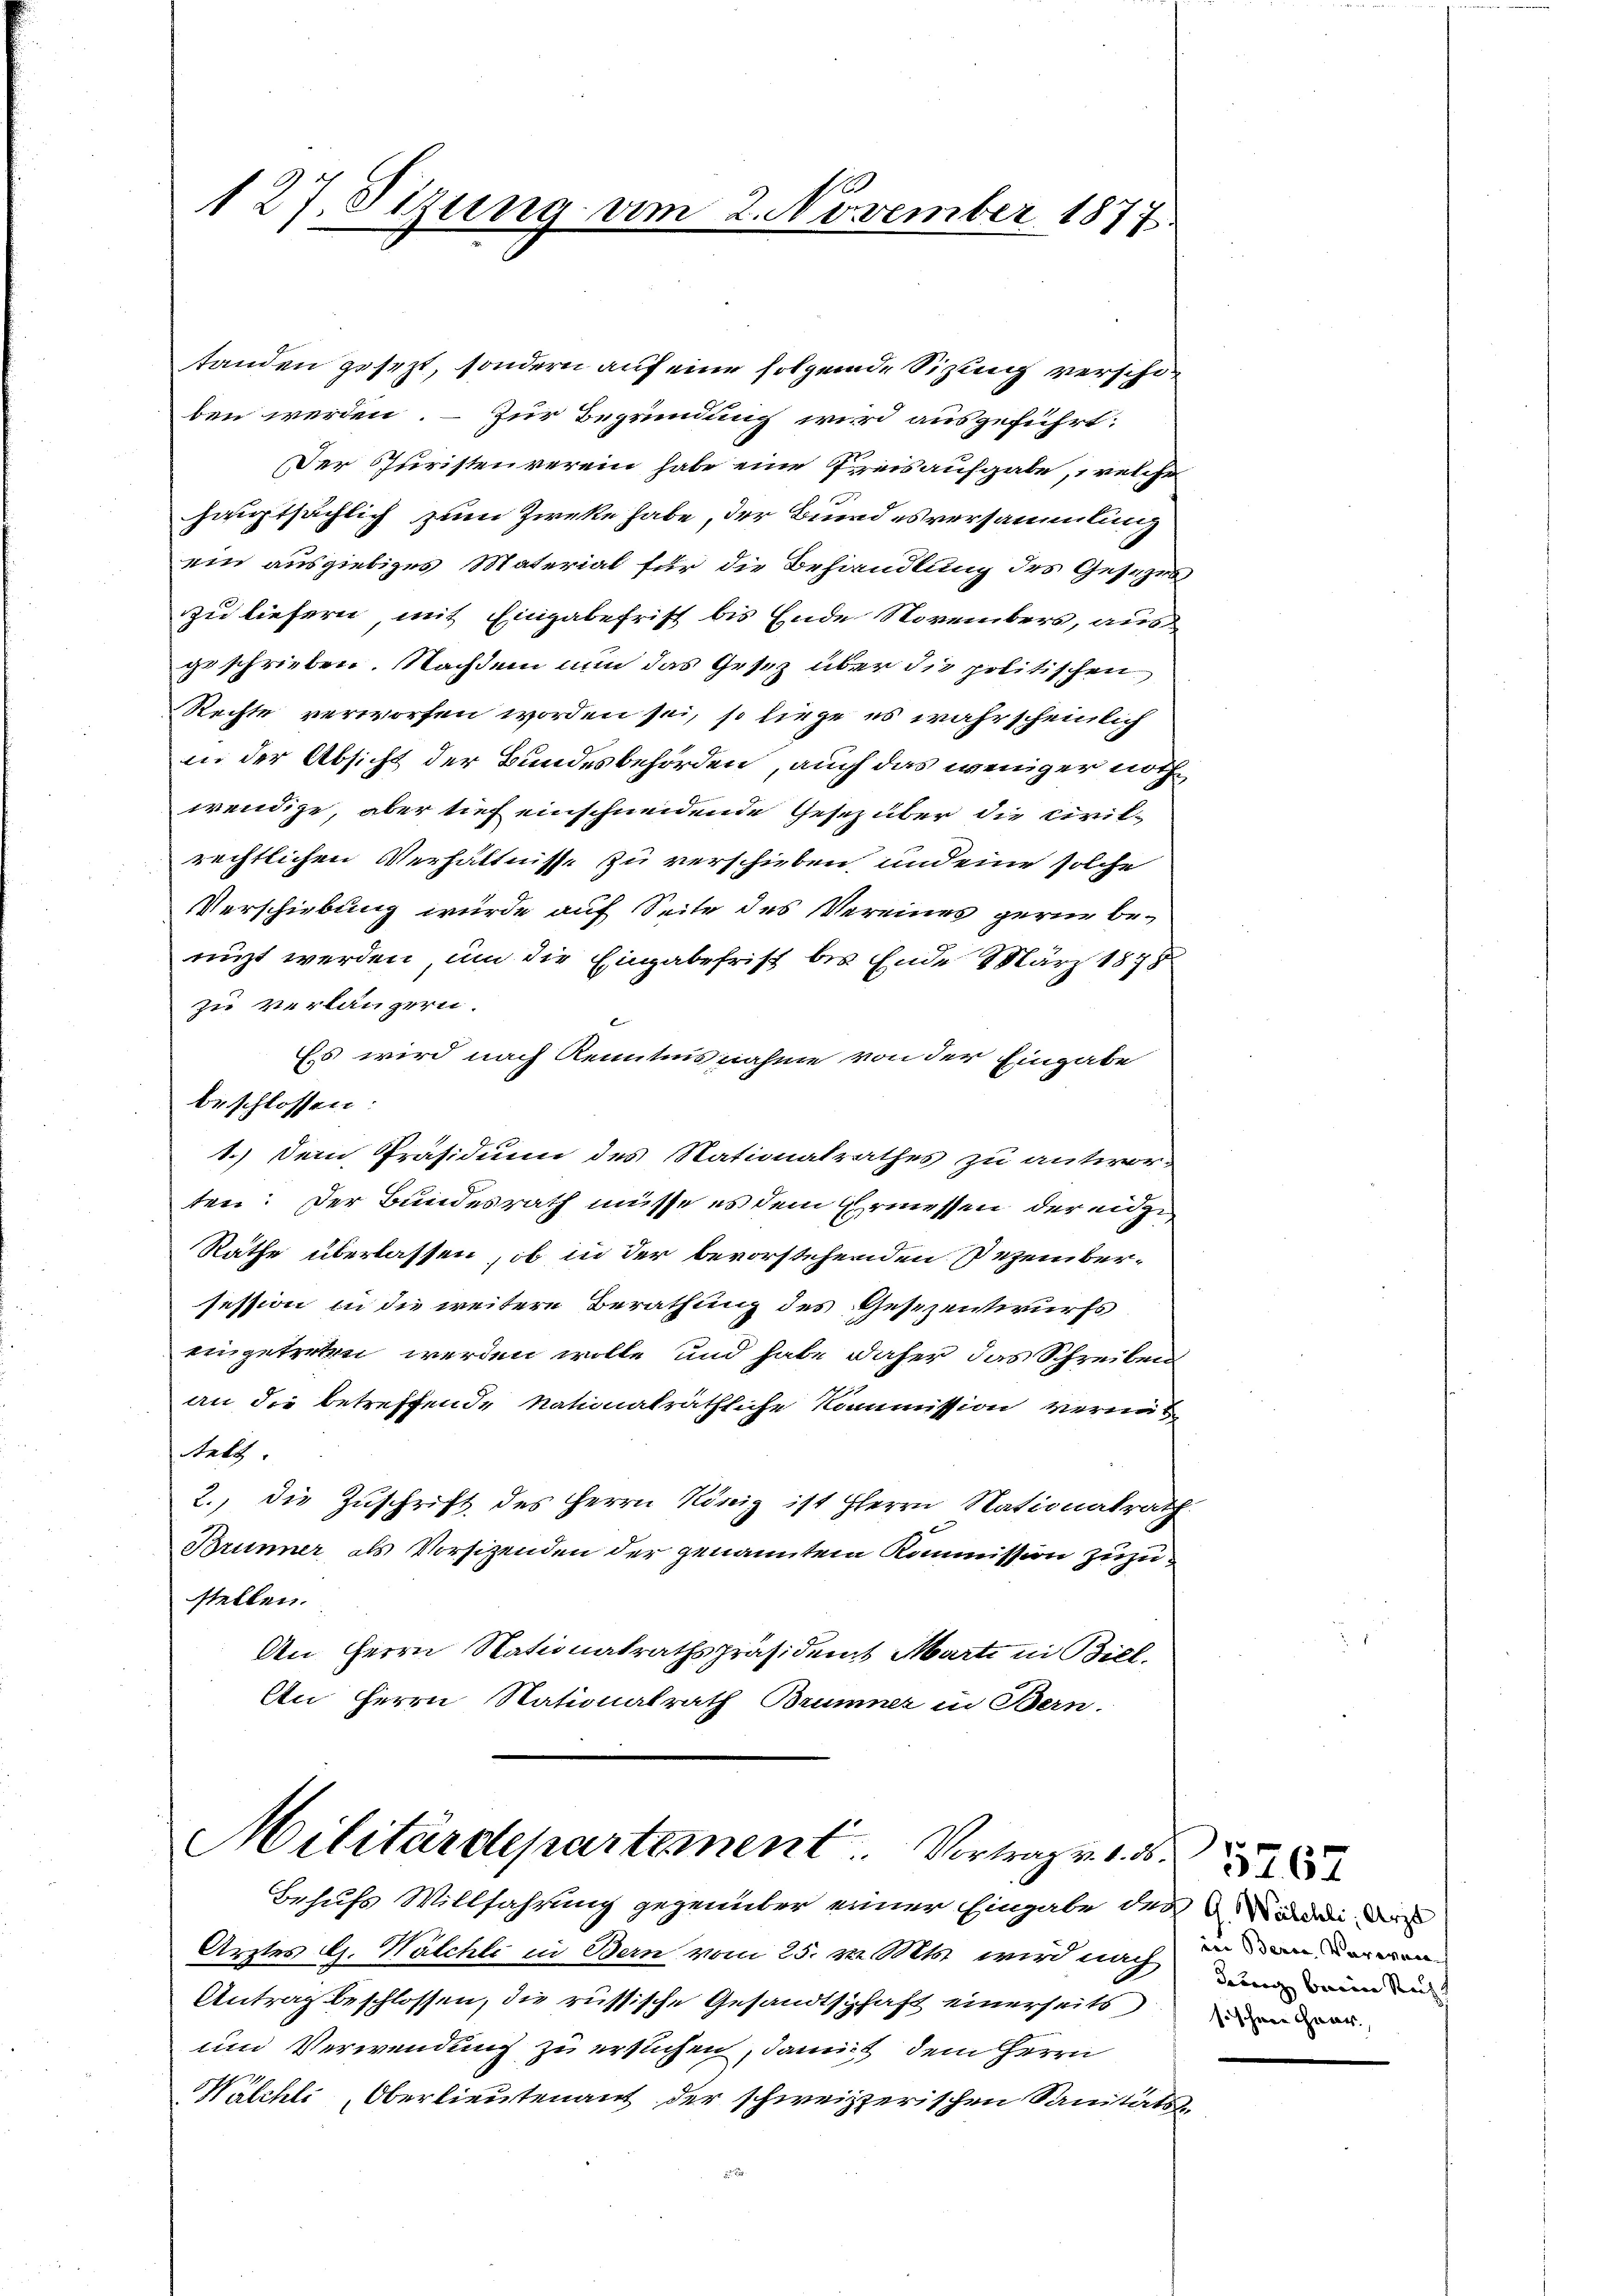
127. Sizung vom 2. November 1877.

tanden gesezt, sondern auf eine folgende Sizung verschoben werden. – Zur Begründung wird ausgeführt:
Der Juristenverein habe eine Preisaufgabe, welche
hauptsächlich zum Zwecke habe, der Bundesversammlung
ein ausgiebiges Material für die Behandlung des Gesezes
zu liefern, mit Eingabefrist bis Ende Novembers, aus
geschrieben. Nachdem nun das Gesetz über die politischen
Rechte verworfen worden sei, so liege es wahrscheinlich
in der Absicht der Bundesbehörden, auch das weniger nothwendige, aber tief einschneidende Gesezüber die Civilrechtlichen Verhältnisse zu verschieben und eine solche
Verschiebung wurde auf Seite des Vereines gerne be-
nüzt werden, um die Eingabefrist bis Ende März 1878
zu verlängern.
Es wird nach Kenntnisnahme von der Eingabe
beschlossen:
1.) Dem Präsidium des Nationalrathes zu antworten: Der Bundesrath müsse es dem Ermessen der einze
Räthe überlassen, ob in der bevorstehenden Dezembersession in die weitere Berathung des Gesezentwurfs
eingetreten werden wolle, und habe daher das Schreiben
an die betreffende Nationalräthliche Kommission vermittelt.
2., die Zuschrift des Herrn König ist Herrn Nationalrath
Brunner als Vorsizenden der genanntem Kommission zuzustellen.
Aen Herrn Nationalrathspräsident Marti in Biel.
An Herrn Nationalrath Brunner in Bern.

Militärdepartement Vortrag v. 1. 3

Behufs Willfahrung gegenüber einer Eingabe der in d
Arztes G. Walchte in Bern vom 25. v. Mts. wird nach den der gen
Antrag beschlossen, die russische Gesandtschaft einerseits
und Verwendung zu ersuchen, damit dem Herrn
Wälchli, Oberlieutenant der schweizzerischen Sanitäts-

denn beim Recht
fischene Guar

3467